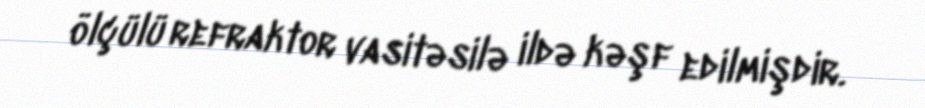
ölçülü refraktor vasitəsilə ildə kəşf edilmişdir.